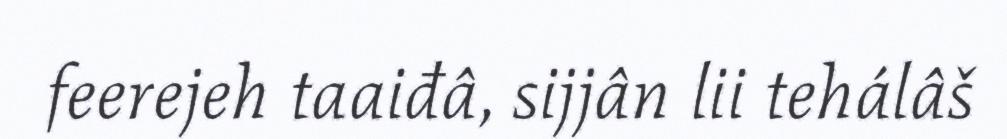
feerejeh taaiđâ, sijjân lii tehálâš